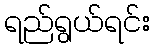
ရည်ရွယ်ရင်း